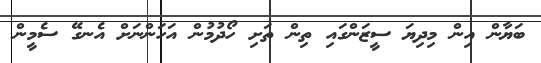
ބަޔާން އިން މިދިޔަ ސީޒަންގައި ތިން ތަށި ހޯދުމުން އަހަންނަށް އެނގޭ ސެމީން